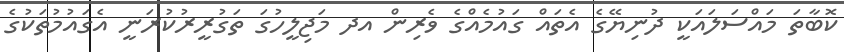
ކޮބާތަ މައްސަލައަކީ ދުނިޔޭގެ އެތައް ގައުމެއްގެ ވެރިން އދ މަޖިލީހުގަ ތަގުރީރުކުރަނީ އެގައުމުތަކުގެ